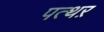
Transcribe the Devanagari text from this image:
पत्थऱ